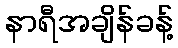
နာရီအချိန်ခန့်